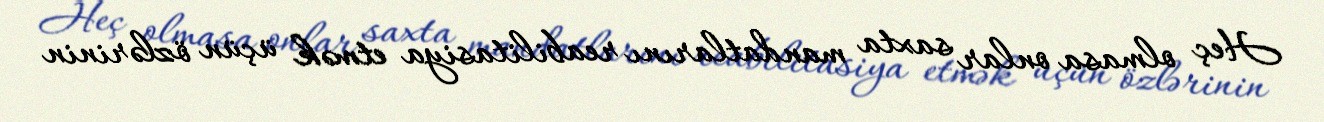
Heç olmasa onlar saxta mandatlarını reabilitasiya etmək üçün özlərinin